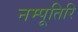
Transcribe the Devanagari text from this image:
नम्पूतिरि